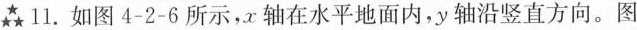
11. 如图4-2-6所示，x轴在水平地面内，y轴沿竖直方向。图